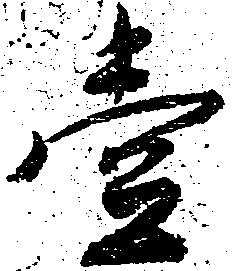
壱